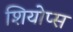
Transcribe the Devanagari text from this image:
शियोप्‍स